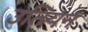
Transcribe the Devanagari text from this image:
उतियन